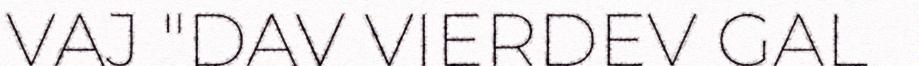
VAJ "DAV VIERDEV GAL